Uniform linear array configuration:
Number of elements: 24
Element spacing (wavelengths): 0.25
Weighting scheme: blackman
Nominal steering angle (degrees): -15
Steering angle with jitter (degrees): -14.955
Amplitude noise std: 0.05
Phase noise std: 0.05

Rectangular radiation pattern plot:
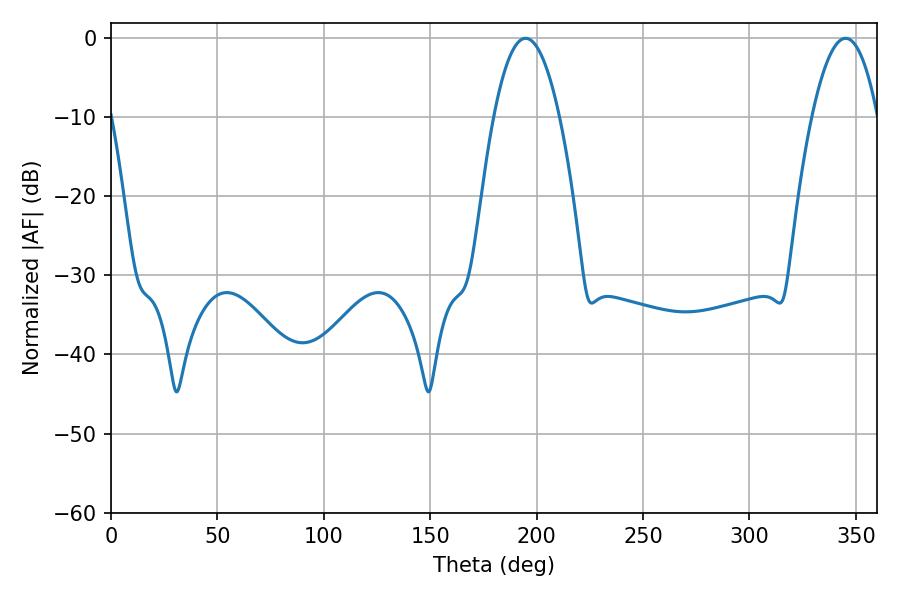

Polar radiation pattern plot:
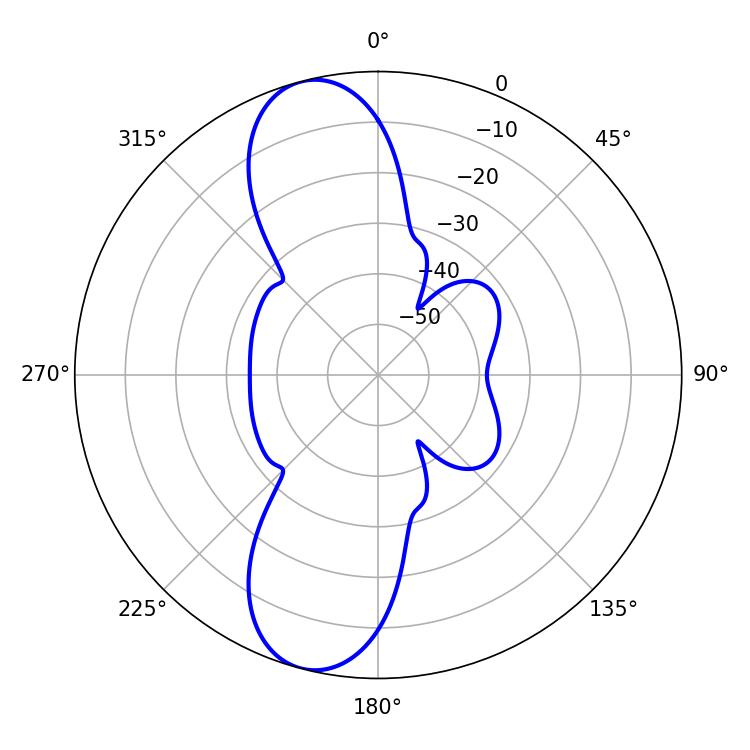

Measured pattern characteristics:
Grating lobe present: FALSE
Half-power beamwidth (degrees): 16.92
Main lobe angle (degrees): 194.76